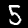
Label: 5